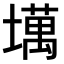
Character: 𫮮